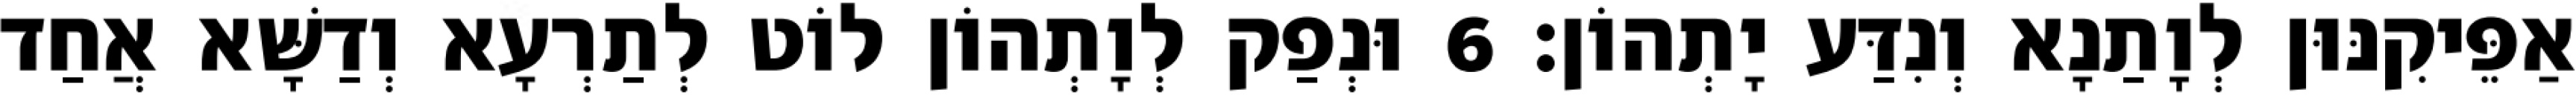
אַפֵּיקִנּוּן לְוָתַנָא וְנִדַּע יָתְהוֹן׃ 6 וּנְפַק לְוָתְהוֹן לוֹט לְתַרְעָא וְדַשָּׁא אֲחַד